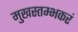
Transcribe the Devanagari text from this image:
मुखस्तम्भकरं